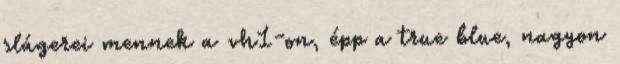
slágerei mennek a vh1-on, épp a true blue, nagyon